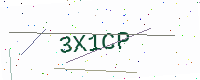
Text: 3X1CP